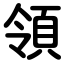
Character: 領